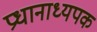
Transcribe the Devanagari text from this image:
प्रधानाध्यपक